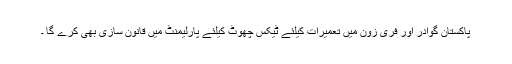
پاکستان گوادر اور فری زون میں تعمیرات کیلئے ٹیکس چھوٹ کیلئے پارلیمنٹ میں قانون سازی بھی کرے گا ۔